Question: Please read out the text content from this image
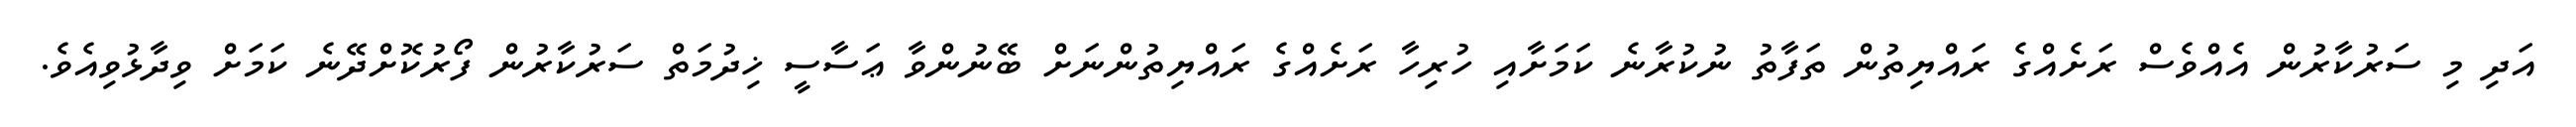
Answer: އަދި މި ސަރުކާރުން އެއްވެސް ރަށެއްގެ ރައްޔިތުން ތަފާތު ނުކުރާނެ ކަމަށާއި ހުރިހާ ރަށެއްގެ ރައްޔިތުންނަށް ބޭނުންވާ ޢަސާސީ ޚިދުމަތް ސަރުކާރުން ފޯރުކޮށްދޭނެ ކަމަށް ވިދާޅުވިއެވެ.